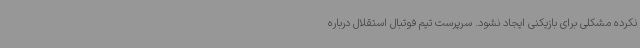
نکرده مشکلی برای بازیکنی ایجاد نشود. سرپرست تیم فوتبال استقلال درباره